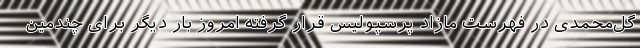
گل‌محمدی در فهرست مازاد پرسپولیس قرار گرفته امروز بار دیگر برای چندمین